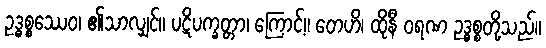
ဥဒ္ဓစ္စဿေဝ၊ ၏သာလျှင်။ ပဋိပက္ခတ္တာ၊ ကြောင့်။ တေဟိ၊ ထိုနီ ဝရဏ ဥဒ္ဓစ္စတို့သည်။